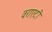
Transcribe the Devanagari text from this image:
वराएटी